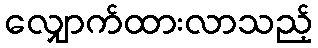
လျှောက်ထားလာသည့်